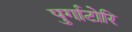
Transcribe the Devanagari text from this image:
पुर्गाटोरि